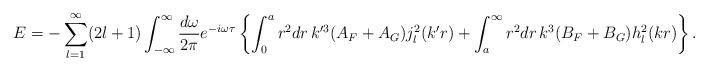
LaTeX: \begin{align*}E=-\sum_{l=1}^\infty(2l+1)\int_{-\infty}^\infty{d\omega\over2\pi}e^{-i\omega\tau}\left\{\int_0^a r^2dr\,k^{\prime 3}(A_F+A_G)j_l^2(k'r)+\int_a^\infty r^2dr\,k^3(B_F+B_G)h_l^2(kr)\right\}.\end{align*}